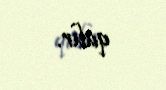
qalır.